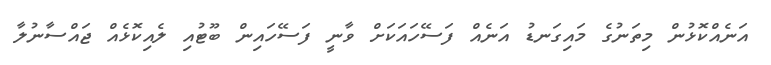
އަނެއްކޮޅުން މިތަނުގެ މައިގަނޑު އަނެއް ފަސޭހައަކަށް ވާނީ ފަސޭހައިން ބޫޓުއި ލެއިކޮޅެއް ޖައްސާނުލާ